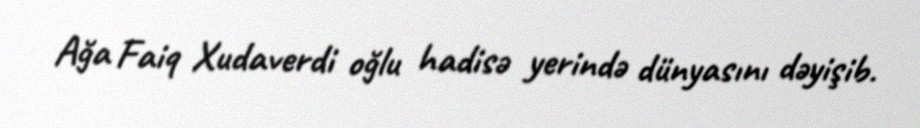
Ağa Faiq Xudaverdi oğlu hadisə yerində dünyasını dəyişib.